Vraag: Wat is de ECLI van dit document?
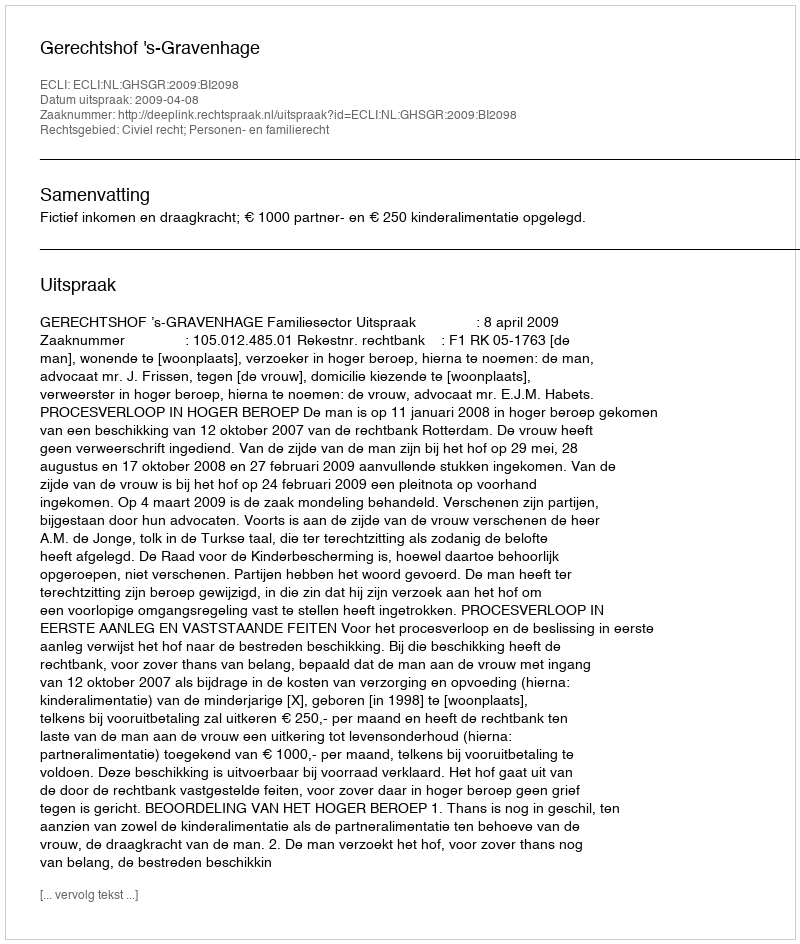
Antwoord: ECLI:NL:GHSGR:2009:BI2098